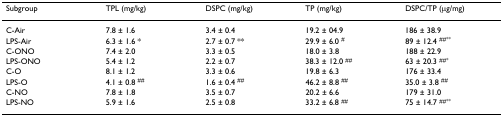
| Subgroup | TPL (mg/kg) | DSPC (mg/kg) | TP (mg/kg) | DSPC/TP (μg/mg) |
 | --- | --- | --- | --- | --- |
 | C-Air | 7.8 ± 1.6 | 3.4 ± 0.4 | 19.2 ± 04.9 | 186 ± 38.9 |
 | LPS-Air | 6.3 ± 1.6 * | 2.7 ± 0.7 ** | 29.9 ± 6.0 # | 89 ± 12.4 ##** |
 | C-ONO | 7.4 ± 2.0 | 3.3 ± 0.5 | 18.0 ± 3.8 | 188 ± 22.9 |
 | LPS-ONO | 5.4 ± 1.2 | 2.2 ± 0.7 | 38.3 ± 12.0 ## | 63 ± 20.3 ##* |
 | C-O | 8.1 ± 1.2 | 3.3 ± 0.6 | 19.8 ± 6.3 | 176 ± 33.4 |
 | LPS-O | 4.1 ± 0.8 ## | 1.6 ± 0.4 ## | 46.2 ± 8.8 ## | 35.0 ± 3.8 ## |
 | C-NO | 7.8 ± 1.8 | 3.5 ± 0.7 | 20.2 ± 6.6 | 179 ± 31.0 |
 | LPS-NO | 5.9 ± 1.6 | 2.5 ± 0.8 | 33.2 ± 6.8 ## | 75 ± 14.7 ##** |